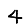
Digit: 4